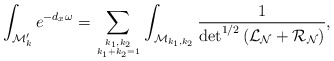
\begin{align*}\int_{{\cal M}'_k} e^{-d_x\omega}=\sum_{\sb {k_1, k_2} \atop k_1+k_2=1} \int_{{\cal M}_{k_1 ,k_2}}\frac{1}{\det^{1/2} \left({\cal L}_{\cal N}+{\cal R}_{\cal N}\right)}, \end{align*}